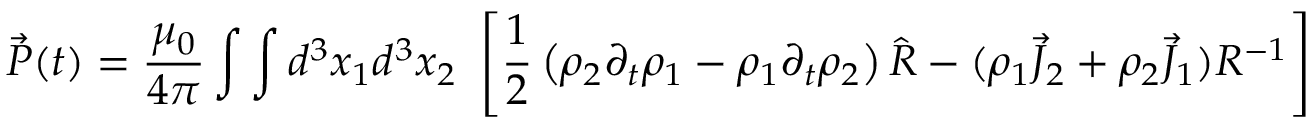
\vec { P } ( t ) = \frac { \mu _ { 0 } } { 4 \pi } \int \int d ^ { 3 } x _ { 1 } d ^ { 3 } x _ { 2 } ~ \left[ \frac { 1 } { 2 } \left( \rho _ { 2 } \partial _ { t } \rho _ { 1 } - \rho _ { 1 } \partial _ { t } \rho _ { 2 } \right) \hat { R } - ( \rho _ { 1 } \vec { J } _ { 2 } + \rho _ { 2 } \vec { J } _ { 1 } ) R ^ { - 1 } \right]